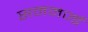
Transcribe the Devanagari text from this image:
सममर्ज्ड